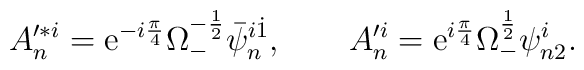
A_n'^{*i}={\rm e}^{-i{\pi \over 4}}\Omega_-^{-{1\over 2}}\bar \psi_n^{i\dot 1} ,\qquad A_n'^{i}={\rm e}^{i{\pi \over 4}}\Omega_-^{{1\over 2}} \psi_{n2}^{i} .